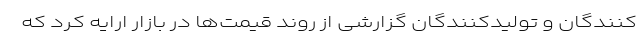
کنندگان و تولیدکنندگان گزارشی از روند قیمت‌ها در بازار ارایه کرد که